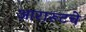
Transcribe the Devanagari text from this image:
आरारूटचे